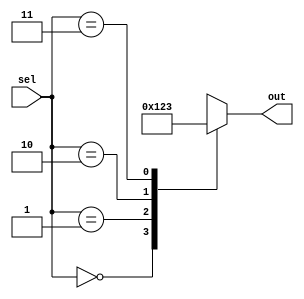
module CaseExample (
    input [1:0] sel,
    output reg [3:0] out
);

initial begin
    case(sel)
        2'b00: out = 4'b0000;
        2'b01: out = 4'b0001;
        2'b10: out = 4'b0010;
        2'b11: out = 4'b0011;
        default: out = 4'bxxxx;
    endcase
end

endmodule